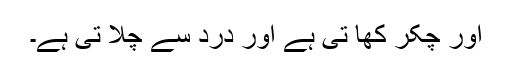
اور چکر کھا تی ہے اور درد سے چلا تی ہے۔